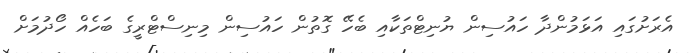
އެރަށުގައި އަޅަމުންދާ ހައުސިން ޔުނިޓްތަކާއި ބެހޭ ގޮތުން ހައުސިން މިނިސްޓްރީގެ ބަހެއް ހޯދުމަށް